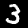
Digit: 3